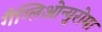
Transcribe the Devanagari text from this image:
गैग्लिओन्युरोमा